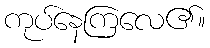
ကုပ်နေကြလေ၏။